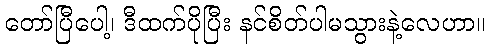
တော်ပြီပေါ့၊ ဒီထက်ပိုပြီး နင်စိတ်ပါမသွားနဲ့လေဟာ။